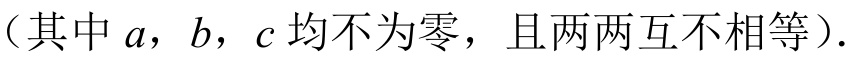
（其中\(a\)，\(b\)，\(c\)均不为零，且两两互不相等）.